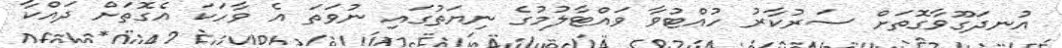
އުނދަގޫވާގޮތަށް ސަރުކާރު ހުއްޓުވާ ވައްޓާލުމުގެ ނިޔަތުގައި ނުވަތަ އެ ވާހަކަ އެގޮތަށް ދައްކާ